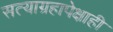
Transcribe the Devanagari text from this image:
सत्याग्रहापेक्षाही